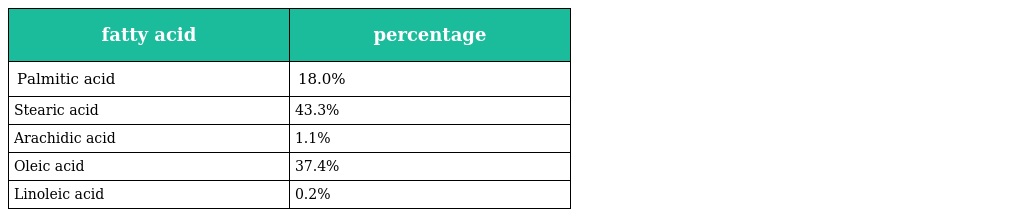
| fatty acid | percentage |
 | --- | --- |
 | Palmitic acid | 18.0% |
 | Stearic acid | 43.3% |
 | Arachidic acid | 1.1% |
 | Oleic acid | 37.4% |
 | Linoleic acid | 0.2% |